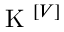
\mathrm { ~ K ~ } ^ { \left[ V \right] }